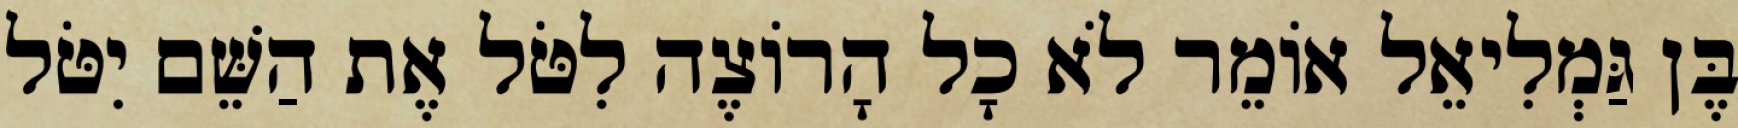
בֶּן גַּמְלִיאֵל אוֹמֵר לֹא כָל הָרוֹצֶה לִטֹּל אֶת הַשֵּׁם יִטֹּל